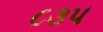
૮૩૫